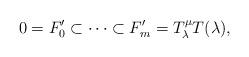
LaTeX: \begin{align*} 0 = F'_0 \subset \cdots \subset F'_m = T^{\mu}_{\lambda} T(\lambda), \end{align*}